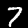
Label: 7